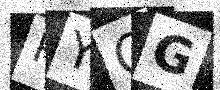
Text: RYOG